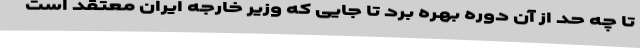
تا چه حد از آن دوره بهره برد تا جایی که وزیر خارجه ایران معتقد است